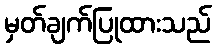
မှတ်ချက်ပြုထားသည်